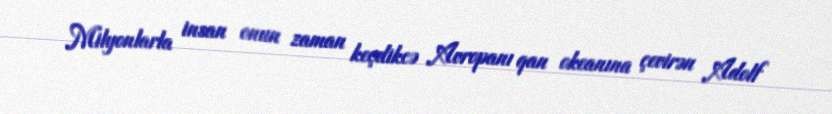
Milyonlarla insan onun zaman keçdikcə Avropanı qan okeanına çevirən Adolf